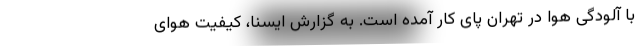
با آلودگی هوا در تهران پای کار آمده است. به گزارش ایسنا، کیفیت هوای